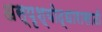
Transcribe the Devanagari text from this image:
अस्पृश्योद्धारासाठी